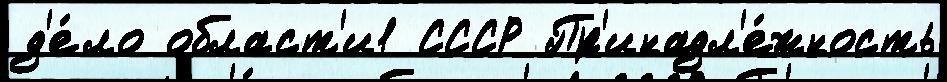
д'е́ло област'и1 СССР Пр'инадл'е́жность